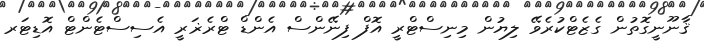
ޤާނޫނީގޮތުން ގެޒެޓްކުރެވޭ ލިޔުން މިނިސްޓްރީ އޮފް ފިނޭންސް އެންޑް ޓްރެޜަރީ އެސިސްޓެންޓް އޮޑިޓަރ